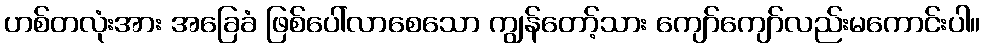
ဟစ်တလုံးအား အခြေခံ ဖြစ်ပေါ်လာစေသော ကျွန်တော့်သား ကျော်ကျော်လည်းမကောင်းပါ။